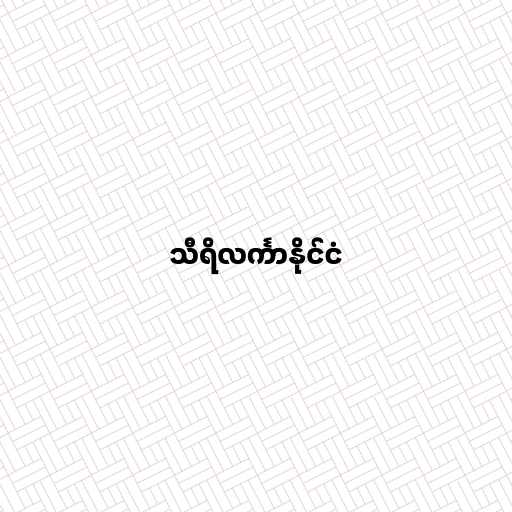
သီရိလင်္ကာနိုင်ငံ